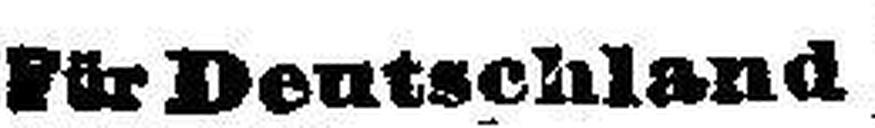
Für Deutschland